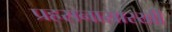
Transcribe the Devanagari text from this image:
प्रहसनासारखी